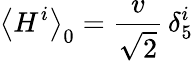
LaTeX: \left\langle H^{i}\right\rangle_{0}=\frac{v}{\sqrt{2}}\, \delta_{5}^{i}